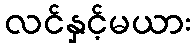
လင်နှင့်မယား